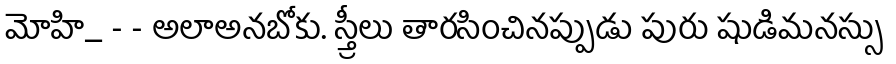
మోహి_ - - అలాఅనబోకు. స్త్రీలు తారసించినప్పుడు పురు షుడిమనస్సు